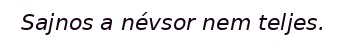
Sajnos a névsor nem teljes.